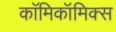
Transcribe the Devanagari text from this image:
काॅमिकॉमिक्स